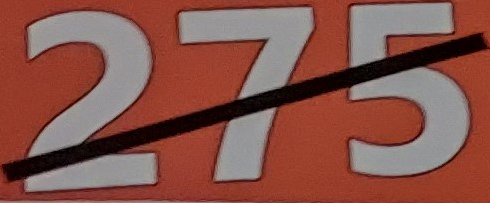
275